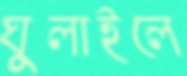
ঘুলাইলে